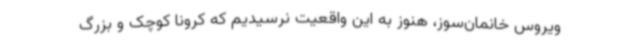
ویروس خانمان‌سوز، هنوز به این واقعیت نرسیدیم که کرونا کوچک و بزرگ